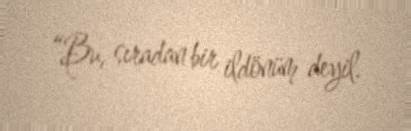
“Bu, sıradan bir ildönüm deyil.